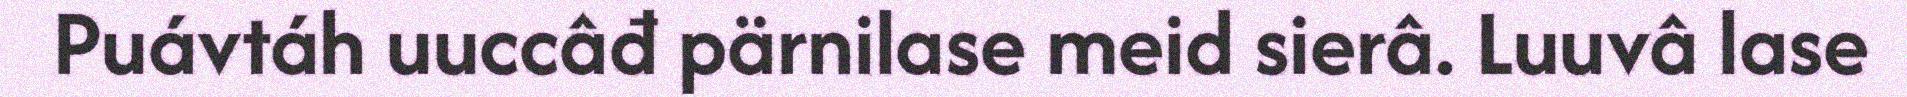
Puávtáh uuccâđ pärnilase meid sierâ. Luuvâ lase